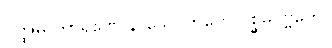
ဝတ္ထုမှိ ကာရဏေ နာသေ၊ ဟိတေ ပစ္ဆိမပဗ္ဗတေ။